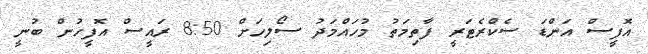
އޮފީސް އަންޑަ ސެކްރެޓަރީ ފާތިމަތު މުހައްމަދު ސޯލިހަށް 8:50 ރައީސް އޮފީހުން ބުނީ